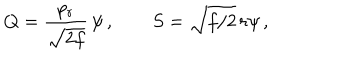
Q = { \frac { p _ { r } } { \sqrt { 2 f } } } \, \psi \, , \qquad S = \sqrt { f / 2 } \, r \psi \, ,